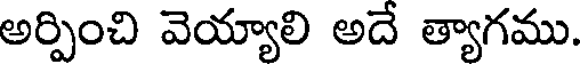
అర్పించి వెయ్యాలి అదే త్యాగము.